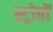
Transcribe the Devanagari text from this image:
स्ट्रोबों